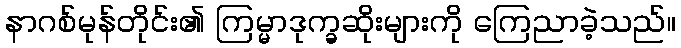
နာဂစ်မုန်တိုင်း၏ ကြမ္မာဒုက္ခဆိုးများကို ကြေညာခဲ့သည်။